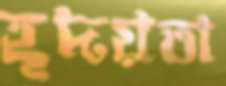
হূদয়তা